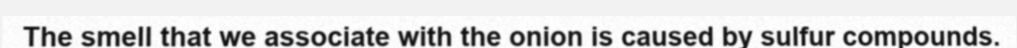
The smell that we associate with the onion is caused by sulfur compounds.